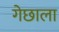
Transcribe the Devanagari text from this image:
गेछाला